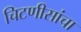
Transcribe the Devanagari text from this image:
चिटणीसांचा